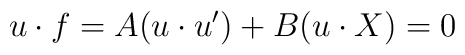
u\cdot f=A(u\cdot u^{\prime })+B(u\cdot X)=0